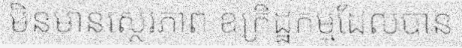
មិនមានស្ថេរភាព ឧក្រិដ្ឋកម្មដែលបាន